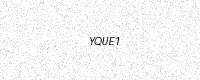
Text: YQUE1